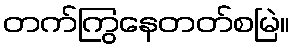
တက်ကြွနေတတ်စမြဲ။